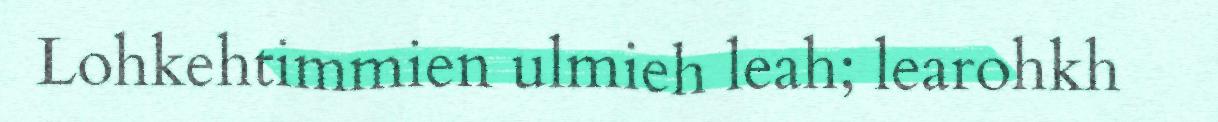
Lohkehtimmien ulmieh leah; learohkh